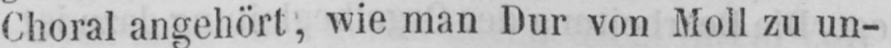
Choral angehört, wie man Dur von Moll zu un-